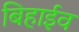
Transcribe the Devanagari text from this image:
बिहाईव